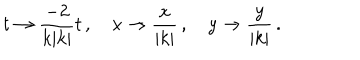
t \to { \frac { - 2 } { k | k | } } t \, , \, \, \, \, \, \, x \to { \frac { x } { | k | } } \, , \, \, \, \, \, \, y \to { \frac { y } { | k | } } \, .